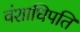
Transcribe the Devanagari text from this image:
वंशाधिपति